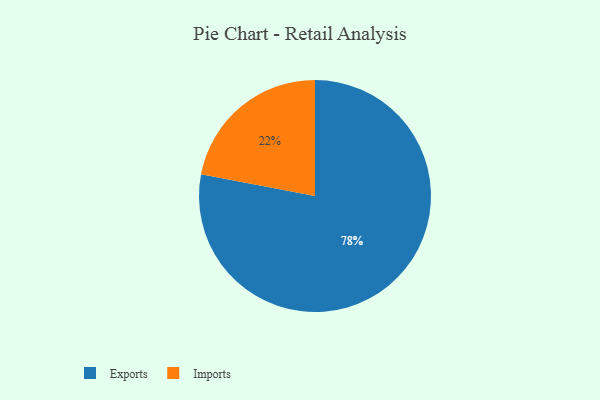
{"axis": {"x": "Category", "y": "Percentage"}, "legend": ["Exports", "Imports"], "data": [{"x": "Exports", "y": 78, "type": "Exports"}, {"x": "Imports", "y": 22, "type": "Imports"}]}